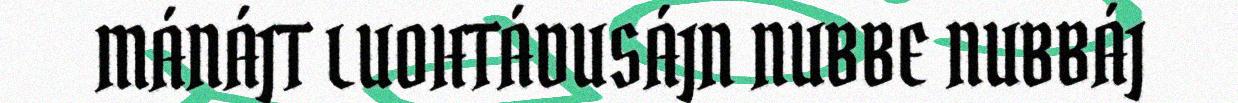
MÁNÁJT LUOHTÁDUSÁJN NUBBE NUBBÁJ